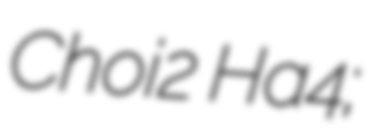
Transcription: Choi2 Ha4;